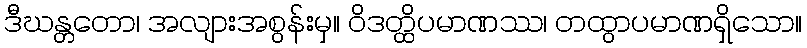
ဒီဃန္တတော၊ အလျားအစွန်းမှ။ ဝိဒတ္ထိပမာဏဿ၊ တထွာပမာဏရှိသော။